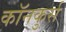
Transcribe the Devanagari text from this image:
कॉनकुर्स